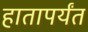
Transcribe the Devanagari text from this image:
हातापर्यंत